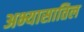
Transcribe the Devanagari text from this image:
अभ्यासातिल